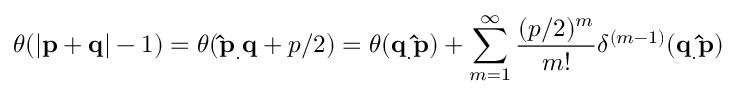
\theta ( | \mathbf { p } + \mathbf { q } | - 1 ) = \theta ( \mathbf { \hat { p } _ { . } q } + p / 2 ) = \theta ( \mathbf { q _ { . } \hat { p } } ) + \sum _ { m = 1 } ^ { \infty } \frac { ( p / 2 ) ^ { m } } { m ! } \delta ^ { ( m - 1 ) } ( \mathbf { q _ { . } \hat { p } } )